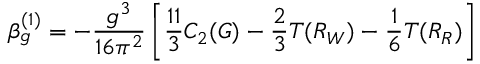
\beta _ { g } ^ { ( 1 ) } = - \frac { g ^ { 3 } } { 1 6 \pi ^ { 2 } } \left[ \frac { 1 1 } { 3 } C _ { 2 } ( G ) - \frac { 2 } { 3 } T ( R _ { W } ) - \frac { 1 } { 6 } T ( R _ { R } ) \right]